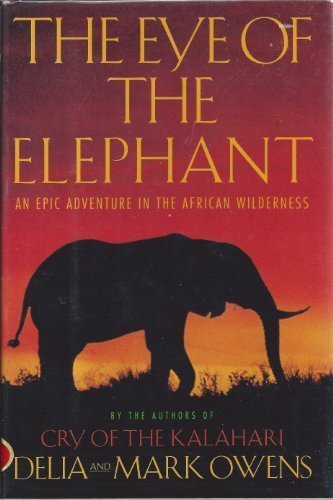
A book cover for The Eye of the Elephant: An Epic Adventure in the African Wilderness; Delia Owens; Sports & Outdoors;